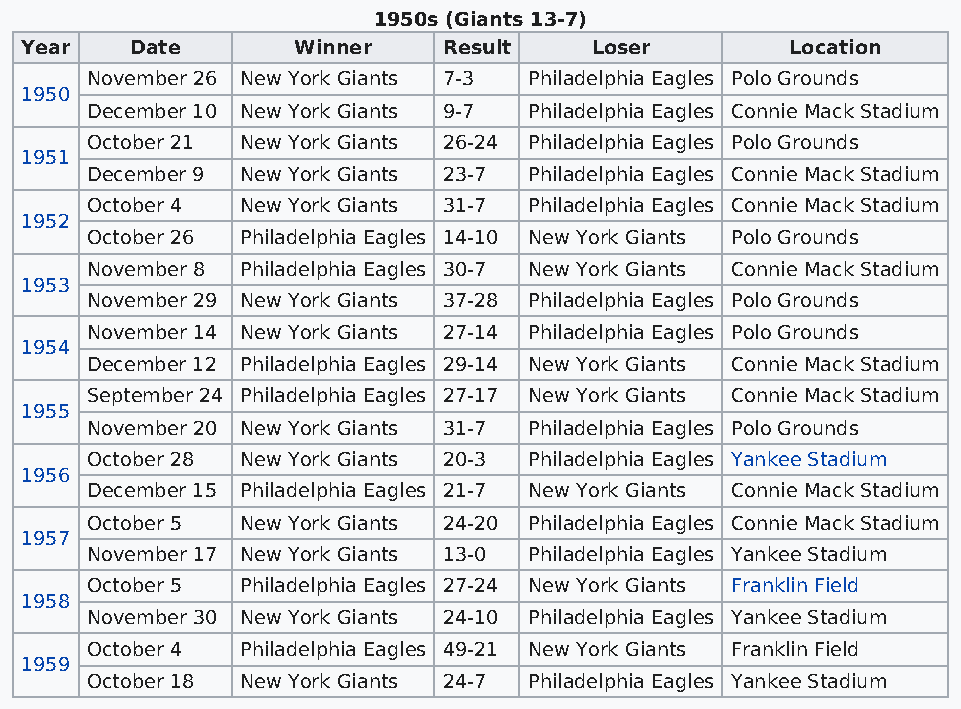
1950s (Giants 13-7)
 Year    Date      Winner    Result    Loser        Location
 November 26 New York Giants 7-3 Philadelphia Eagles Polo Grounds
 1950
 December 10 New York Giants 9-7 Philadelphia Eagles Connie Mack Stadium
 October 21 New York Giants 26-24 Philadelphia Eagles Polo Grounds
 1951
 December 9 New York Giants 23-7 Philadelphia Eagles Connie Mack Stadium
 October 4 New York Giants 31-7 Philadelphia Eagles Connie Mack Stadium
 1952
 October 26 Philadelphia Eagles 14-10 New York Giants Polo Grounds
 November 8 Philadelphia Eagles 30-7 New York Giants Connie Mack Stadium
 1953
 November 29 New York Giants 37-28 Philadelphia Eagles Polo Grounds
 November 14 New York Giants 27-14 Philadelphia Eagles Polo Grounds
 1954
 December 12 Philadelphia Eagles 29-14 New York Giants Connie Mack Stadium
 September 24 Philadelphia Eagles 27-17 New York Giants Connie Mack Stadium
 1955
 November 20 New York Giants 31-7 Philadelphia Eagles Polo Grounds
 October 28 New York Giants 20-3 Philadelphia Eagles Yankee Stadium
 1956
 December 15 Philadelphia Eagles 21-7 New York Giants Connie Mack Stadium
 October 5 New York Giants 24-20 Philadelphia Eagles Connie Mack Stadium
 1957
 November 17 New York Giants 13-0 Philadelphia Eagles Yankee Stadium
 October 5 Philadelphia Eagles 27-24 New York Giants Franklin Field
 1958
 November 30 New York Giants 24-10 Philadelphia Eagles Yankee Stadium
 October 4 Philadelphia Eagles 49-21 New York Giants Franklin Field
 1959
 October 18 New York Giants 24-7 Philadelphia Eagles Yankee Stadium